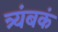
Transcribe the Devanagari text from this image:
त्र्यंबकं